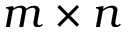
m \times n